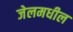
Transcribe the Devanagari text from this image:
जेलमधील